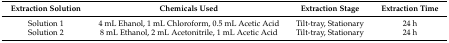
<table><thead><tr><td><b>Extraction Solution</b></td><td><b>Chemicals Used</b></td><td><b>Extraction Stage</b></td><td><b>Extraction Time</b></td></tr></thead><tbody><tr><td>Solution 1</td><td>4 mL Ehanol, 1 mL Chloroform, 0.5 mL Acetic Acid</td><td>Tilt-tray, Stationary</td><td>24 h</td></tr><tr><td>Solution 2</td><td>8 mL Ethanol, 2 mL Acetonitrile, 1 mL Acetic Acid</td><td>Tilt-tray, Stationary</td><td>24 h</td></tr></tbody></table>